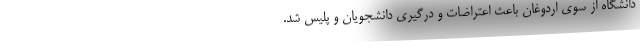
دانشگاه از سوی اردوغان باعث اعتراضات و درگیری دانشجویان و پلیس شد.